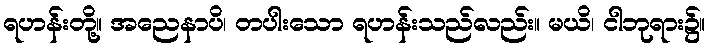
ရဟန်းတို့။ အညေနာပိ၊ တပါးသော ရဟန်းသည်လည်း။ မယိ၊ ငါဘုရား၌။